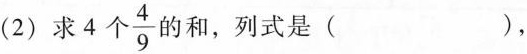
(2)求4个\frac{4}{9}的和，列式是( )，